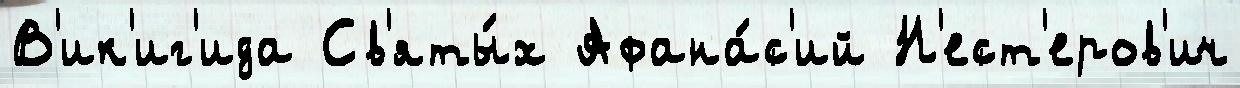
В'ик'иг'ида Св'яты́х Афана́с'ий Н'ест'еров'ич